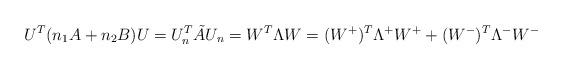
LaTeX: \begin{align*}U^T (n_1 A + n_2 B)U = U^T_n \tilde A U_n=W^T \Lambda W= (W^+)^T \Lambda^+ W^+ + (W^-)^T \Lambda^- W^-\end{align*}